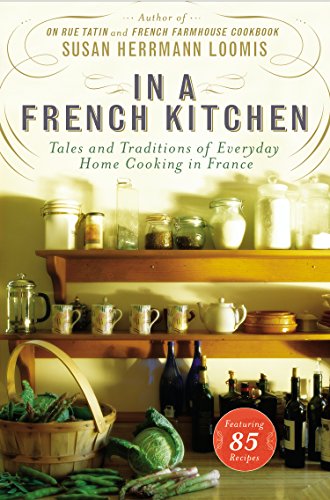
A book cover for In a French Kitchen: Tales and Traditions of Everyday Home Cooking in France; Susan Herrmann Loomis; Cookbooks, Food & Wine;